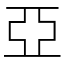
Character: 亞